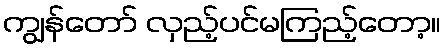
ကျွန်တော် လှည့်ပင်မကြည့်တော့။